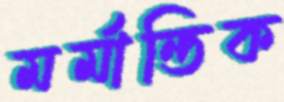
মর্মান্তিক